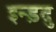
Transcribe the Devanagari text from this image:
इन्ड़दु